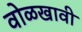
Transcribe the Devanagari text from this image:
वोळखावी